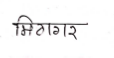
मजकूर: मिठागर